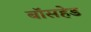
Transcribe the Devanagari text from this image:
बॉसहेड